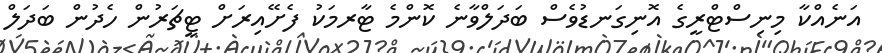
އަނެއްކާ މިނިސްޓްރީގެ އޮނިގަނޑުވެސް ބަދަލްވާނެ ކޮންމެ ޓާރމަކު ފެށޭއިރަށް ޓީޗަރުން ހެދުން ބަދަލް